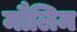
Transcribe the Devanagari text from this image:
मौलिम